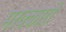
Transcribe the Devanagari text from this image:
मरक्कारों